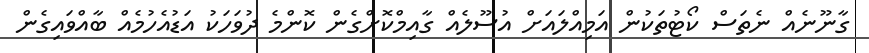
ގާނޫނެއް ނެތަސް ކޯޓުތަކުން އަމިއްލައަށް އުސޫލެއް ގާއިމްކޮށްގެން ކޮންމެ ދުވަހަކު އަޑުއެހުމެއް ބާއްވައިގެން